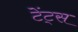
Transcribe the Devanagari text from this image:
टेंट्स